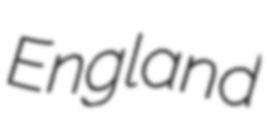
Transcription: England